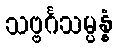
သဗ္ဗင်္ဂသမ္ပန္နံ